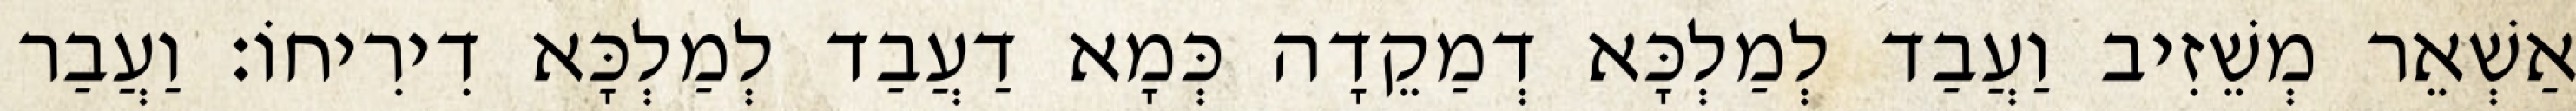
אַשְׁאֵר מְשֵׁזִיב וַעֲבַד לְמַלְכָּא דְמַקֵדָה כְּמָא דַעֲבַד לְמַלְכָּא דִירִיחוֹ׃ וַעֲבַר